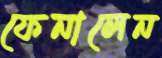
ফেনালেন